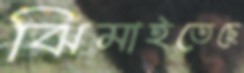
ঝিমাইতেছে